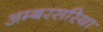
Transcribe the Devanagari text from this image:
अम्बरसरिया